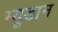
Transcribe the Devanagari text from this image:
म्यूडान